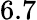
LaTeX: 6.7